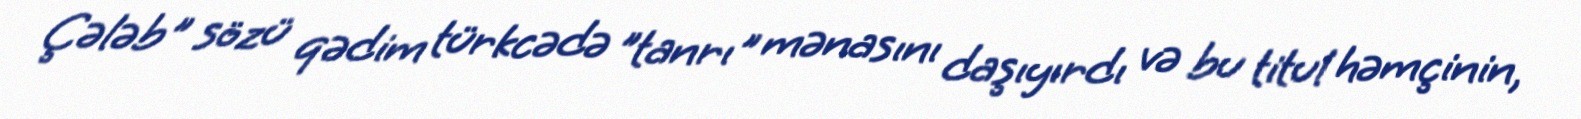
Çələb" sözü qədim türkcədə "tanrı" mənasını daşıyırdı və bu titul həmçinin,